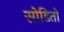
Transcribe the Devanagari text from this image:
सोडितो